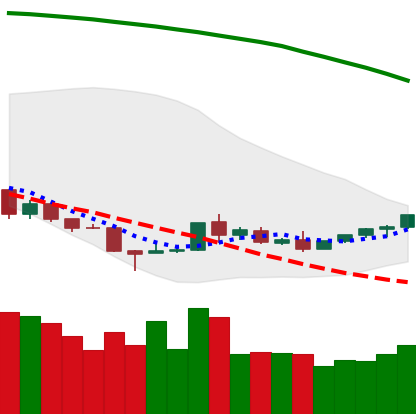
Ticker: TRX-USD
Chart end date: 2018-08-27
Forward return: 8.708%
Label: up_7plus